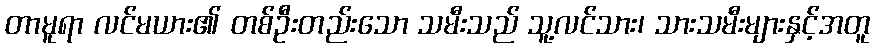
တာမူရာ လင်မယား၏ တစ်ဦးတည်းသော သမီးသည် သူ့လင်သား၊ သားသမီးများနှင့်အတူ